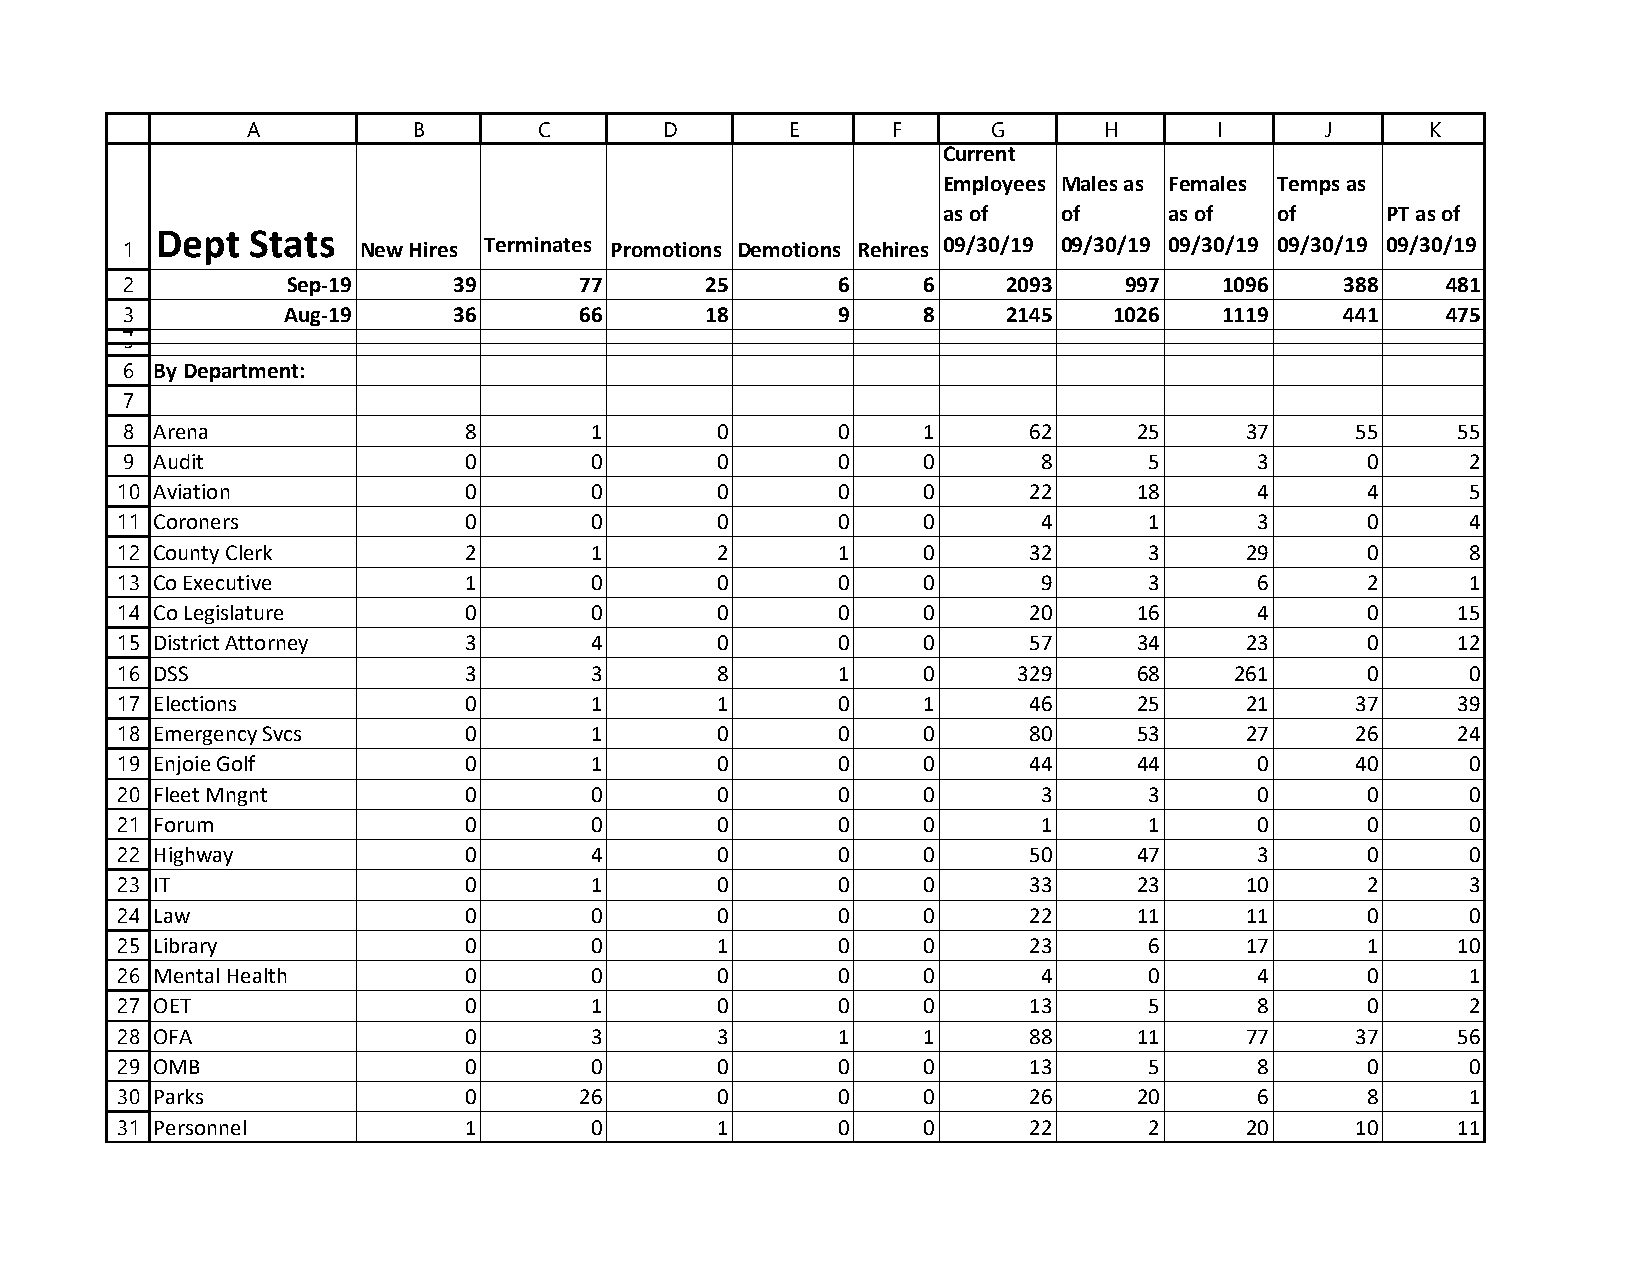
A          B        C       D       E      F      G      H       I      J      K
 Current
 Employees Males as Females Temps as
 as of   of     as of   of     PT as of
 Dept   Stats
 1               New Hires Terminates Promotions Demotions Rehires 09/30/19 09/30/19 09/30/19 09/30/19 09/30/19
 2          Sep-19     39      77       25      6     6     2093   997    1096    388    481
 3          Aug-19     36      66       18      9     8     2145   1026   1119    441    475
 4
 5
 6 By Department:
 7
 8 Arena                8       1       0       0     1      62     25     37      55    55
 9 Audit                0       0       0       0     0       8      5      3      0      2
 10 Aviation            0       0       0       0     0      22     18      4      4      5
 11 Coroners            0       0       0       0     0       4      1      3      0      4
 12 County Clerk        2       1       2       1     0      32      3     29      0      8
 13 Co Executive        1       0       0       0     0       9      3      6      2      1
 14 Co Legislature      0       0       0       0     0      20     16      4      0     15
 15 District Attorney   3       4       0       0     0      57     34     23      0     12
 16 DSS                 3       3       8       1     0     329     68     261     0      0
 17 Elections           0       1       1       0     1      46     25     21      37    39
 18 Emergency Svcs      0       1       0       0     0      80     53     27      26    24
 19 Enjoie Golf         0       1       0       0     0      44     44      0      40     0
 20 Fleet Mngnt         0       0       0       0     0       3      3      0      0      0
 21 Forum               0       0       0       0     0       1      1      0      0      0
 22 Highway             0       4       0       0     0      50     47      3      0      0
 23 IT                  0       1       0       0     0      33     23     10      2      3
 24 Law                 0       0       0       0     0      22     11     11      0      0
 25 Library             0       0       1       0     0      23      6     17      1     10
 26 Mental Health       0       0       0       0     0       4      0      4      0      1
 27 OET                 0       1       0       0     0      13      5      8      0      2
 28 OFA                 0       3       3       1     1      88     11     77      37    56
 29 OMB                 0       0       0       0     0      13      5      8      0      0
 30 Parks               0      26       0       0     0      26     20      6      8      1
 31 Personnel           1       0       1       0     0      22      2     20      10    11